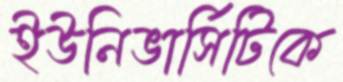
ইউনিভার্সিটিকে